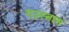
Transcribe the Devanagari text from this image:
एउस्तास